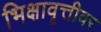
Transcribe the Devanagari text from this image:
भिक्षावृत्तीवर